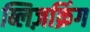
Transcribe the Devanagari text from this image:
ब्लिज़क्रिंग